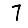
Digit: 7